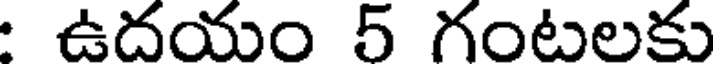
ఉదయం 5 గంటలకు